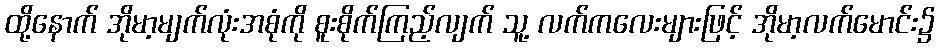
ထို့နောက် အိုမာ့မျက်လုံးအစုံကို စူးစိုက်ကြည့်လျက် သူ့ လက်ကလေးများဖြင့် အိုမာ့လက်မောင်း၌